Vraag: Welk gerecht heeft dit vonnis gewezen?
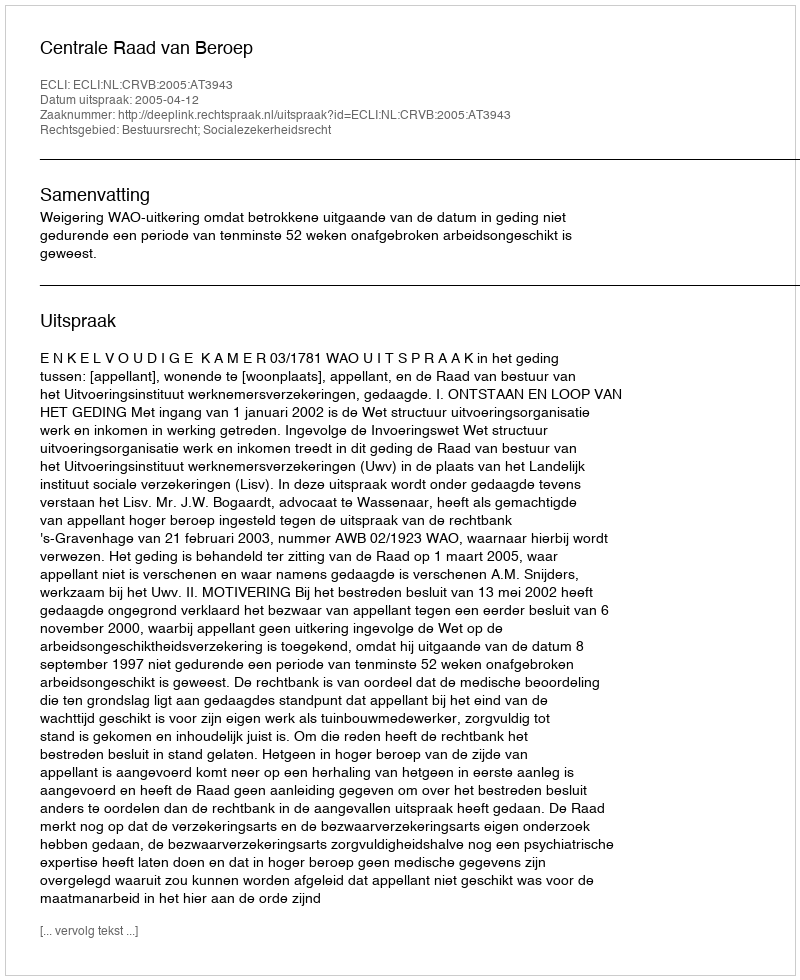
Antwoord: Centrale Raad van Beroep